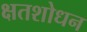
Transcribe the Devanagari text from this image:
क्षतशोधन